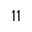
^ { 1 1 }